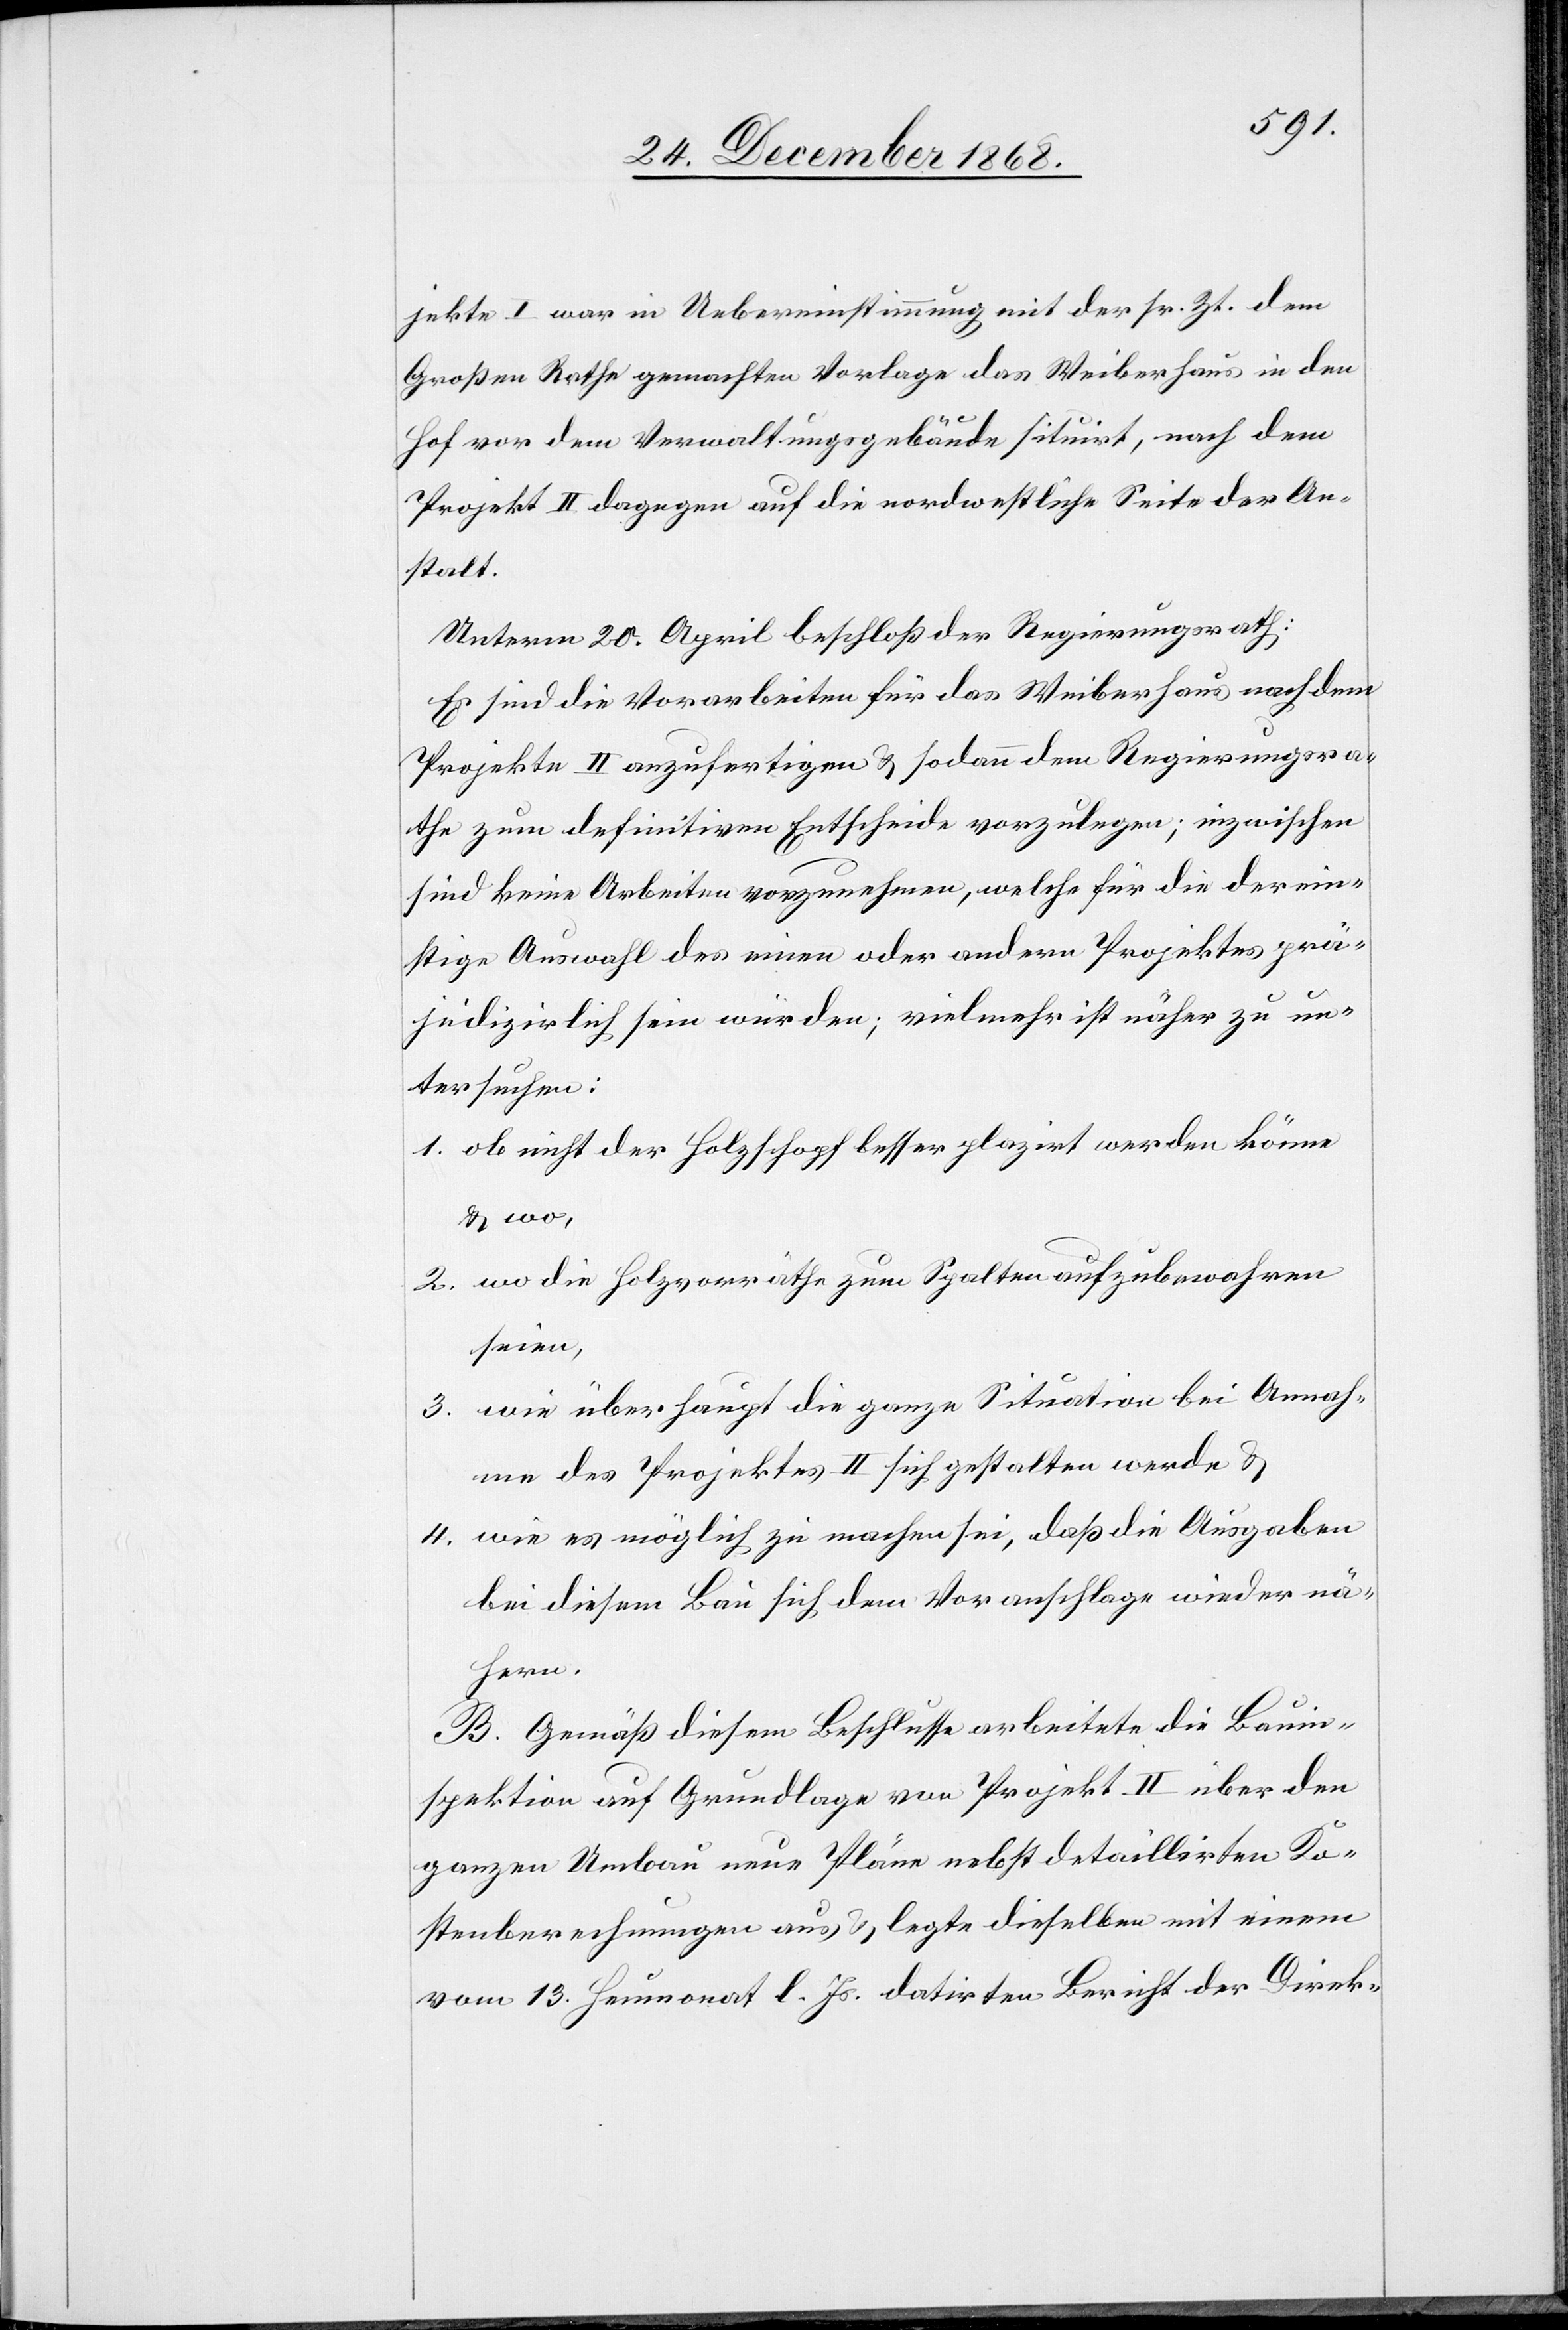
jekte I war in Uebereinstimmung mit der sr. Zt. dem
Großen Rathe gemachten Vorlage das Weiberhaus in den
Hof vor dem Verwaltungsgebäude situirt, nach dem
Projekt II dagegen auf die nordwestliche Seite der An¬
stalt.
Unterm 20. April beschloß der Regierungsrath:
Es sind die Vorarbeiten für das Weiberhaus nach dem
Projekte II anzufertigen & sodann dem Regierungsra¬
the zum definitiven Entscheide vorzulegen; inzwischen
sind keine Arbeiten vorzunehmen, welche für die derein¬
stige Auswahl des einen oder andern Projektes prä¬
judizirlich sein würden; vielmehr ist näher zu un¬
tersuchen:
ob nicht der Holzschopf besser plazirt werden könne
& wo,
wo die Holzvorräthe zum Spalten aufzubewahren
seien,
wie überhaupt die ganze Situation bei Annah¬
me des Projektes II sich gestalten werde &
wie es möglich zu machen sei, daß die Ausgaben
bei diesem Bau sich dem Voranschlage wieder nä¬
hern.
B. Gemäß diesem Beschlusse arbeitete die Bauin¬
spektion auf Grundlage von Projekt II über den
ganzen Umbau neue Pläne nebst detaillirten Ko¬
stenberechnungen aus & legte dieselben mit einem
vom 13. Heumonat l. Js. datirten Bericht der Direk-